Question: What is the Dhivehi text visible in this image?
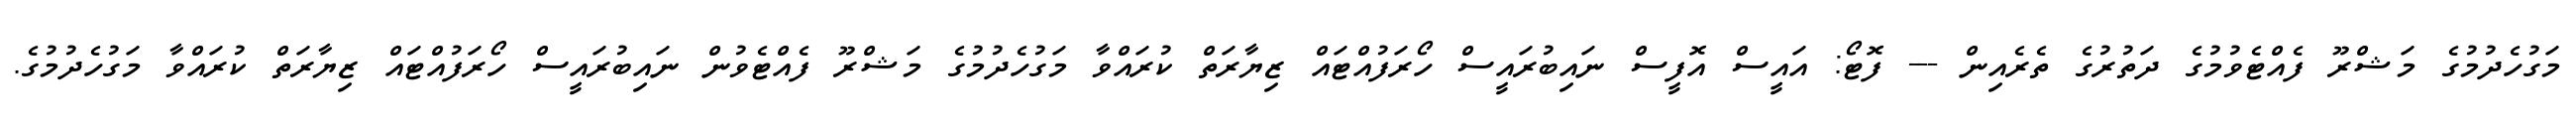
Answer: މަގުހެދުމުގެ މަޝްރޫ ފެއްޓެވުމުގެ ދަތުރުގެ ތެރެއިން --- ފޮޓޯ: އައީސް އޮފީސް ނައިބުރައީސް ހޯރަފުއްޓައް ޒިޔާރަތް ކުރައްވާ މަގުހެދުމުގެ މަޝްރޫ ފެއްޓެވުން ނައިބުރައީސް ހޯރަފުއްޓައް ޒިޔާރަތް ކުރައްވާ މަގުހެދުމުގެ.